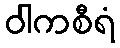
ဝါကစီရံ